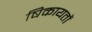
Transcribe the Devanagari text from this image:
षिकायतों